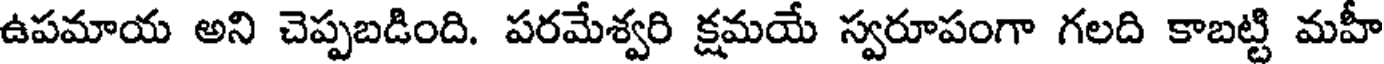
ఉపమాయ అని చెప్పబడింది. పరమేశ్వరి క్షమయే స్వరూపంగా గలది కాబట్టి మహీ